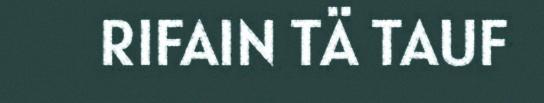
RIFAIN TÄ TAUF